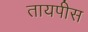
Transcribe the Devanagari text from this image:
तायपीस